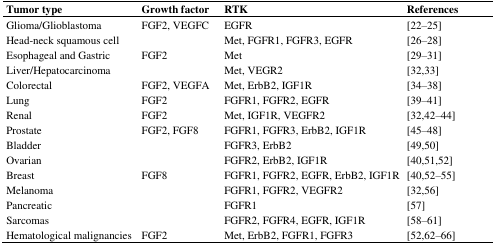
<table><thead><tr><td><b>Tumor type</b></td><td><b>Growth factor</b></td><td><b>RTK</b></td><td><b>References</b></td></tr></thead><tbody><tr><td>Glioma/Glioblastoma</td><td>FGF2, VEGFC</td><td>EGFR</td><td>[22–25]</td></tr><tr><td>Head-neck squamous cell</td><td></td><td>Met, FGFR1, FGFR3, EGFR</td><td>[26–28]</td></tr><tr><td>Esophageal and Gastric</td><td>FGF2</td><td>Met</td><td>[29–31]</td></tr><tr><td>Liver/Hepatocarcinoma</td><td></td><td>Met, VEGR2</td><td>[32,33]</td></tr><tr><td>Colorectal</td><td>FGF2, VEGFA</td><td>Met, ErbB2, IGF1R</td><td>[34–38]</td></tr><tr><td>Lung</td><td>FGF2</td><td>FGFR1, FGFR2, EGFR</td><td>[39–41]</td></tr><tr><td>Renal</td><td>FGF2</td><td>Met, IGF1R, VEGFR2</td><td>[32,42–44]</td></tr><tr><td>Prostate</td><td>FGF2, FGF8</td><td>FGFR1, FGFR3, ErbB2, IGF1R</td><td>[45–48]</td></tr><tr><td>Bladder</td><td></td><td>FGFR3, ErbB2</td><td>[49,50]</td></tr><tr><td>Ovarian</td><td></td><td>FGFR2, ErbB2, IGF1R</td><td>[40,51,52]</td></tr><tr><td>Breast</td><td>FGF8</td><td>FGFR1, FGFR2, EGFR, ErbB2, IGF1R</td><td>[40,52–55]</td></tr><tr><td>Melanoma</td><td></td><td>FGFR1, FGFR2, VEGFR2</td><td>[32,56]</td></tr><tr><td>Pancreatic</td><td></td><td>FGFR1</td><td>[57]</td></tr><tr><td>Sarcomas</td><td></td><td>FGFR2, FGFR4, EGFR, IGF1R</td><td>[58–61]</td></tr><tr><td>Hematological malignancies</td><td>FGF2</td><td>Met, ErbB2, FGFR1, FGFR3</td><td>[52,62–66]</td></tr></tbody></table>